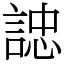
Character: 䛱